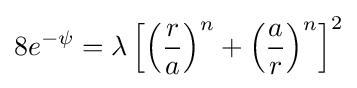
8e^{-\psi }=\lambda \left[\left({\frac {r}{a}}\right)^{n}+\left({\frac {a}{r}}\right)^{n}\right]^{2}